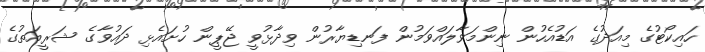
ހައިކޯޓުގެ މިއަދުގެ އަޑުއެހުން ނިންމަވާލައްވަމުން ފަނޑިޔާރުން ވިދާޅުވީ ޖޭޕީން ހުށައެޅި ދައުވާގެ ޝަރީއަތުގެ